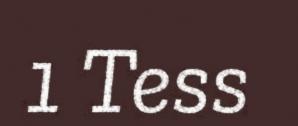
1 Tess